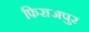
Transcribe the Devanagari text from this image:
फिराजपुर